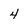
Character: 4